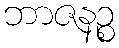
ဘာဇနဉ္စ